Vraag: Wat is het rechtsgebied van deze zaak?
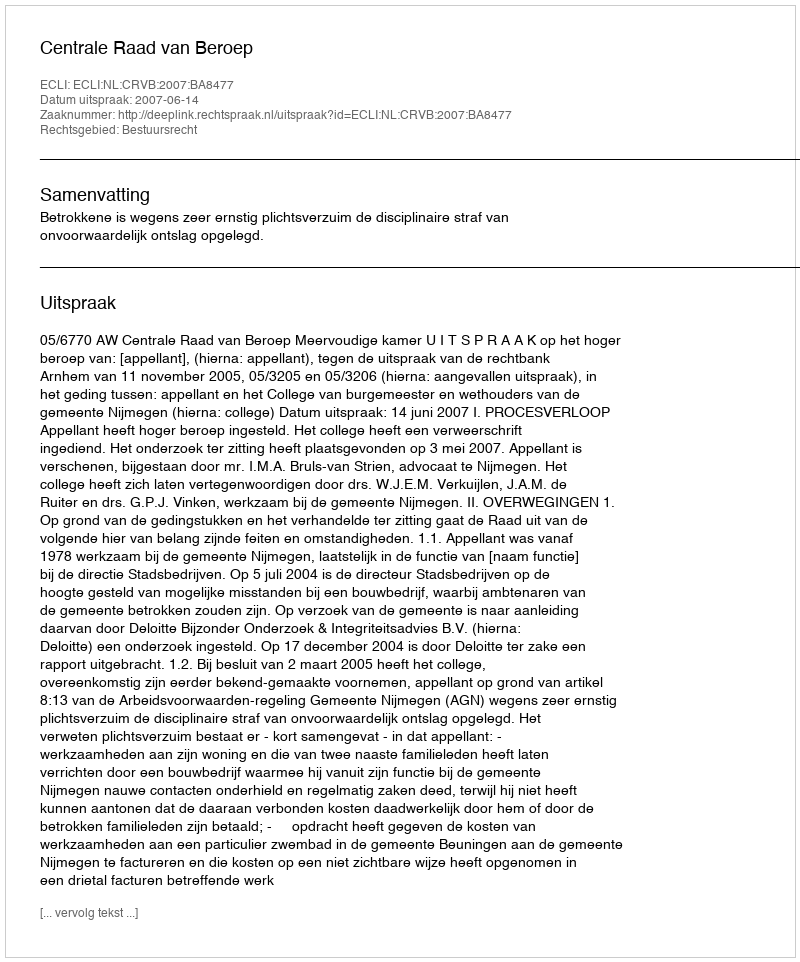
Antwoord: Bestuursrecht